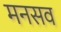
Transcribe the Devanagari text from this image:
मनसव